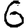
Digit: 6